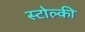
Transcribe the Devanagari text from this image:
स्टोल्की